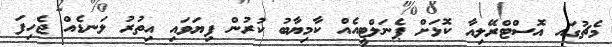
މެޗުގައ އޮސްޓްރޭލިއާ ކޮޅަށް ޕެނަލްޓީއެއް ކާމިޔާބު ކުރުން ފިޔަވައި އިތުރު ލަނޑެއް ޖެހިފަ